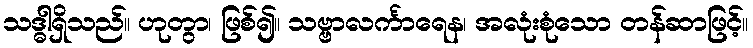
သဒ္ဓါရှိသည်။ ဟုတွာ၊ ဖြစ်၍။ သဗ္ဗာလင်္ကာရေန၊ အလုံးစုံသော တန်ဆာဖြင့်။